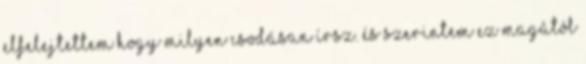
elfelejtettem hogy milyen csodásan írsz. És szerintem ez magától